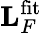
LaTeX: \mathbf{L}_{F}^{\mathrm{fit}}